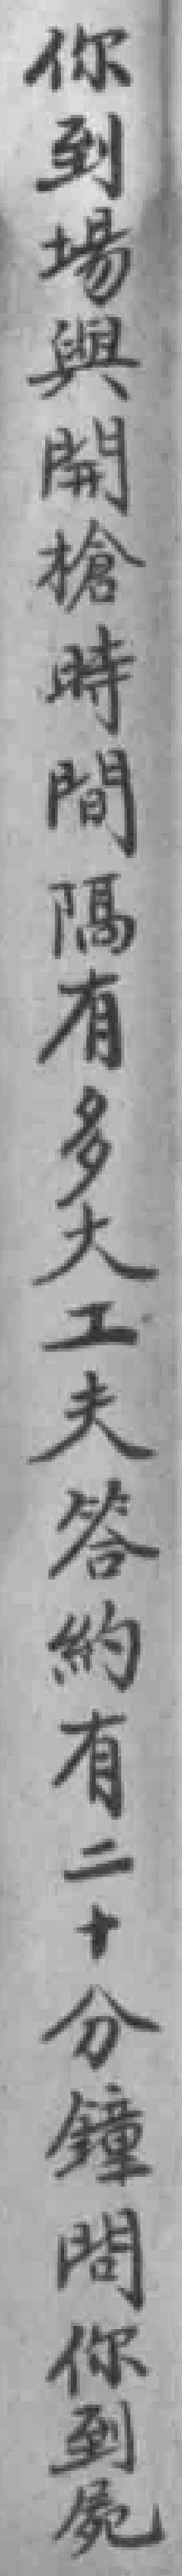
你到場與開槍時間隅有多大工夫答的有二+分鐘問你到屍